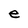
Character: e